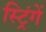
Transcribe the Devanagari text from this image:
स्ट्रिंगें